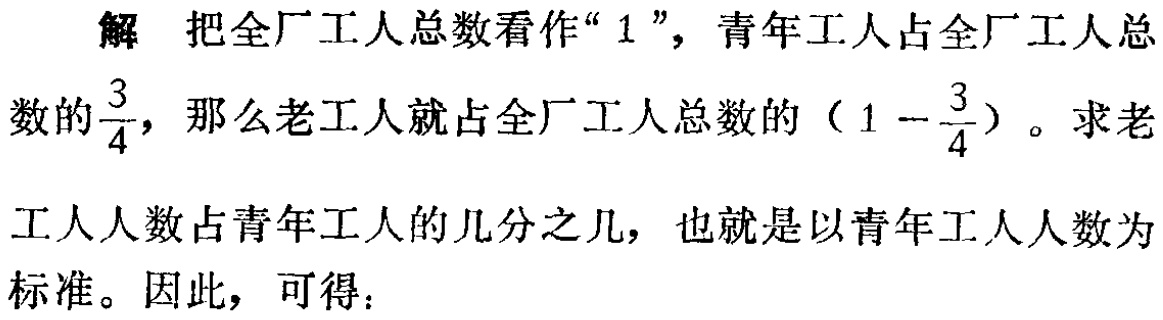
解 把全厂工人总数看作“$1$”，青年工人占全厂工人总数的$\frac{3}{4}$，那么老工人就占全厂工人总数的（$1 - \frac{3}{4}$）。求老工人人数占青年工人的几分之几，也就是以青年工人人数为标准。因此，可得：